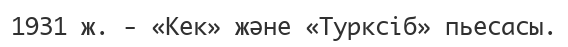
1931 ж. - «Кек» және «Турксіб» пьесасы.